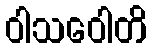
ဝါသဝေါတိ